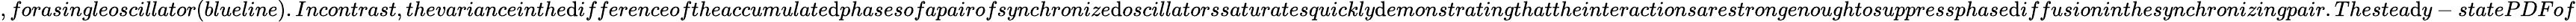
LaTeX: ,forasingleoscillator(blueline).Incontrast,thevarianceinthe\mathrm{d}ifferenceoftheaccumulate\mathrm{d}phasesofapairofsynchronize\mathrm{d}oscillatorssaturatesquickly\mathrm{d}emonstratingthattheinteractionsarestrongenoughtosuppressphase\mathrm{d}iffusioninthesynchronizingpair.Thestea\mathrm{d}y-statePDFof